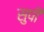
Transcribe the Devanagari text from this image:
सुपी